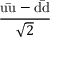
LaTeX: \frac { \mathrm { u { \bar { u } } } - \mathrm { d { \bar { d } } } } { \sqrt { 2 } }